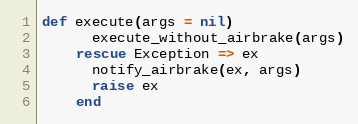
Language: Ruby
def execute(args = nil)
      execute_without_airbrake(args)
    rescue Exception => ex
      notify_airbrake(ex, args)
      raise ex
    end